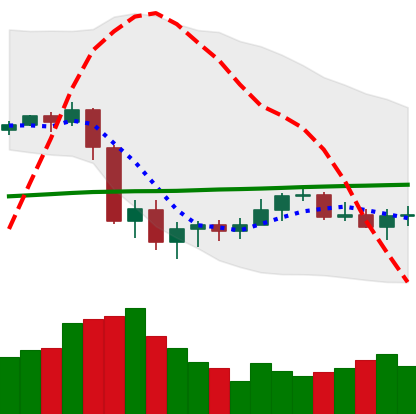
Ticker: XLM-USD
Chart end date: 2020-09-17
Forward return: -10.491%
Label: down_7plus